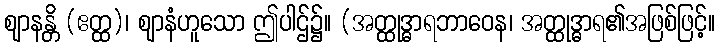
ဈာနန္တိ (ဧတ္ထ)၊ ဈာနံဟူသော ဤပါဌ်၌။ (အတ္ထုဒ္ဓာရဘာဝေန၊ အတ္ထုဒ္ဓာရ၏အဖြစ်ဖြင့်။